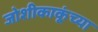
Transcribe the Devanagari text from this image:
जोशीकाकूंच्या